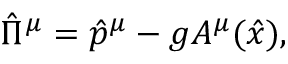
\hat { \Pi } ^ { \mu } = \hat { p } ^ { \mu } - g A ^ { \mu } ( \hat { x } ) ,